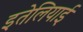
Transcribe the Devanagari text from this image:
इतेलियाई